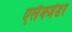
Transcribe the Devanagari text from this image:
एलैक्जेंडर